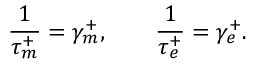
\frac { 1 } { \tau _ { m } ^ { + } } = \gamma _ { m } ^ { + } , \qquad \frac { 1 } { \tau _ { e } ^ { + } } = \gamma _ { e } ^ { + } .